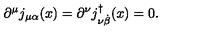
\partial ^ { \mu } j _ { \mu \alpha } ( x ) = \partial ^ { \nu } j _ { \nu { \dot { \beta } } } ^ { \dag } ( x ) = 0 .